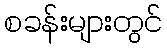
စခန်းများတွင်